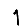
Digit: 1